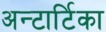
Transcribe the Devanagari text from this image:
अन्टार्टिका